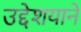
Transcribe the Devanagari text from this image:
उद्देशयाने